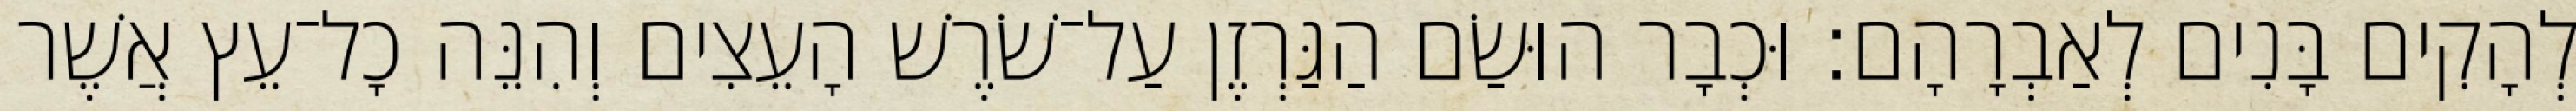
לְהָקִים בָּנִים לְאַבְרָהָם׃ וּכְבָר הוּשַׂם הַגַּרְזֶן עַל־שֹׁרֶשׁ הָעֵצִים וְהִנֵּה כָל־עֵץ אֲשֶׁר